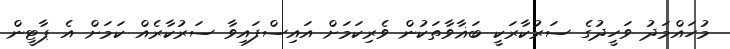
މުހައްމަދު ވަހީދުގެ ސަރުކާރަކީ ބަޣާވާތަކުން ވެރިކަމަށް އައިސްފައިވާ ސަރުކާރެއް ކަމަށް އެ ޕާޓީން